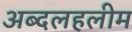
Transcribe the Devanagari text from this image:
अब्दलहलीम